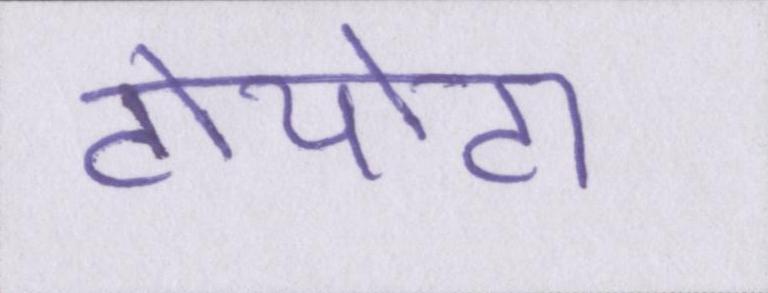
टोयोटा